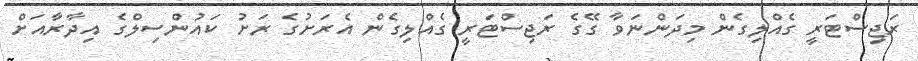
ރަޖިސްޓަރީ ގެއްލިގެން މިދަންނަވާ ގޭގެ ރަޖިސްޓަރީ ގެއްލިގެން އެރަށުގެ ރަށު ކައުންސިލްގެ އިދާރާއަށް